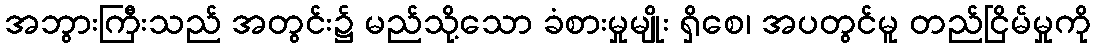
အဘွားကြီးသည် အတွင်း၌ မည်သို့သော ခံစားမှုမျိုး ရှိစေ၊ အပတွင်မူ တည်ငြိမ်မှုကို